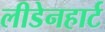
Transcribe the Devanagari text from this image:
लीडेनहार्ट